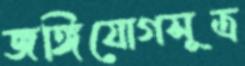
জঙ্গিযোগসূত্র